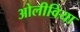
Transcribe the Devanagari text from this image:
ओलीविया